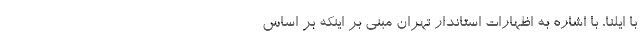
با ایلنا، با اشاره به اظهارات استاندار تهران مبنی بر اینکه بر اساس